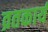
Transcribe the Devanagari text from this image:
व्रतकार्य